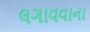
લગાવવાના